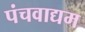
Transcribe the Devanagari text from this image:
पंचवाद्यम